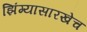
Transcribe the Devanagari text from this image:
झिंग्यासारखेच